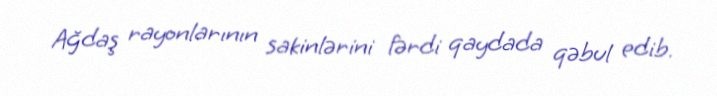
Ağdaş rayonlarının sakinlərini fərdi qaydada qəbul edib.